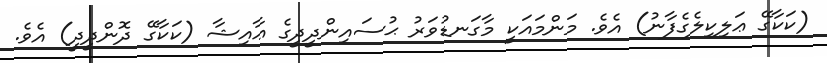
(ކަކާގޭ ޢަލިކިލެގެފާނު) އެވެ. މަންމައަކީ މާގަނޑުވަރު ޙުސައިންދީދީގެ ޢާއިޝާ (ކަކާގޭ ދޮންދީދީ) އެވެ.